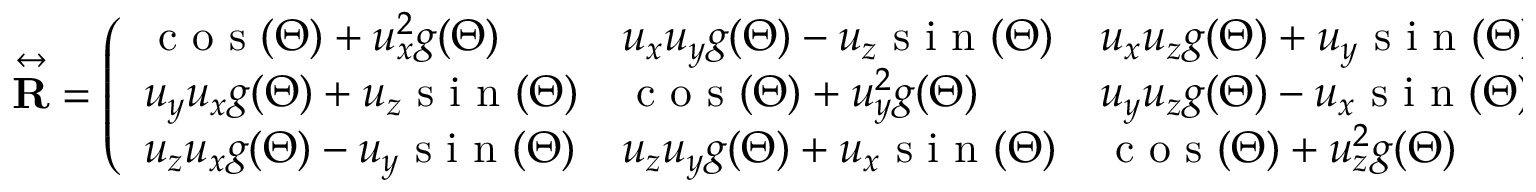
\overset \leftrightarrow { \mathbf { R } } = \left( \begin{array} { l l l } { \mathrm { ~ c ~ o ~ s ~ } ( \Theta ) + u _ { x } ^ { 2 } g ( \Theta ) } & { u _ { x } u _ { y } g ( \Theta ) - u _ { z } \mathrm { ~ s ~ i ~ n ~ } ( \Theta ) } & { u _ { x } u _ { z } g ( \Theta ) + u _ { y } \mathrm { ~ s ~ i ~ n ~ } ( \Theta ) } \\ { u _ { y } u _ { x } g ( \Theta ) + u _ { z } \mathrm { ~ s ~ i ~ n ~ } ( \Theta ) } & { \mathrm { ~ c ~ o ~ s ~ } ( \Theta ) + u _ { y } ^ { 2 } g ( \Theta ) } & { u _ { y } u _ { z } g ( \Theta ) - u _ { x } \mathrm { ~ s ~ i ~ n ~ } ( \Theta ) } \\ { u _ { z } u _ { x } g ( \Theta ) - u _ { y } \mathrm { ~ s ~ i ~ n ~ } ( \Theta ) } & { u _ { z } u _ { y } g ( \Theta ) + u _ { x } \mathrm { ~ s ~ i ~ n ~ } ( \Theta ) } & { \mathrm { ~ c ~ o ~ s ~ } ( \Theta ) + u _ { z } ^ { 2 } g ( \Theta ) } \end{array} \right)